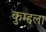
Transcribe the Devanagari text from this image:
कुम्हला